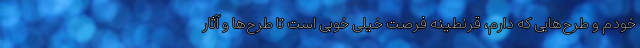
خودم و طرح‌هایی که دارم، قرنطینه فرصت خیلی خوبی است تا طرح‌ها و آثار